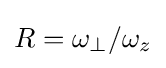
R=\omega _{\perp }/\omega _{z}